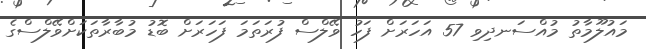
މައުލޫމާތު މުއްސަނދިވި 57 އަހަރަށް ފަހު ވޭލްސް ފުރަތަމަ ފަހަރަށް ބޮޑު މުބާރާތަކަށްވޭލްސްގެ